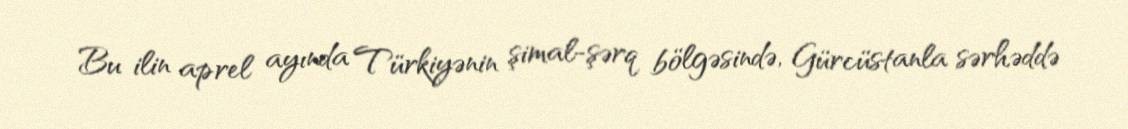
Bu ilin aprel ayında Türkiyənin şimal-şərq bölgəsində, Gürcüstanla sərhəddə